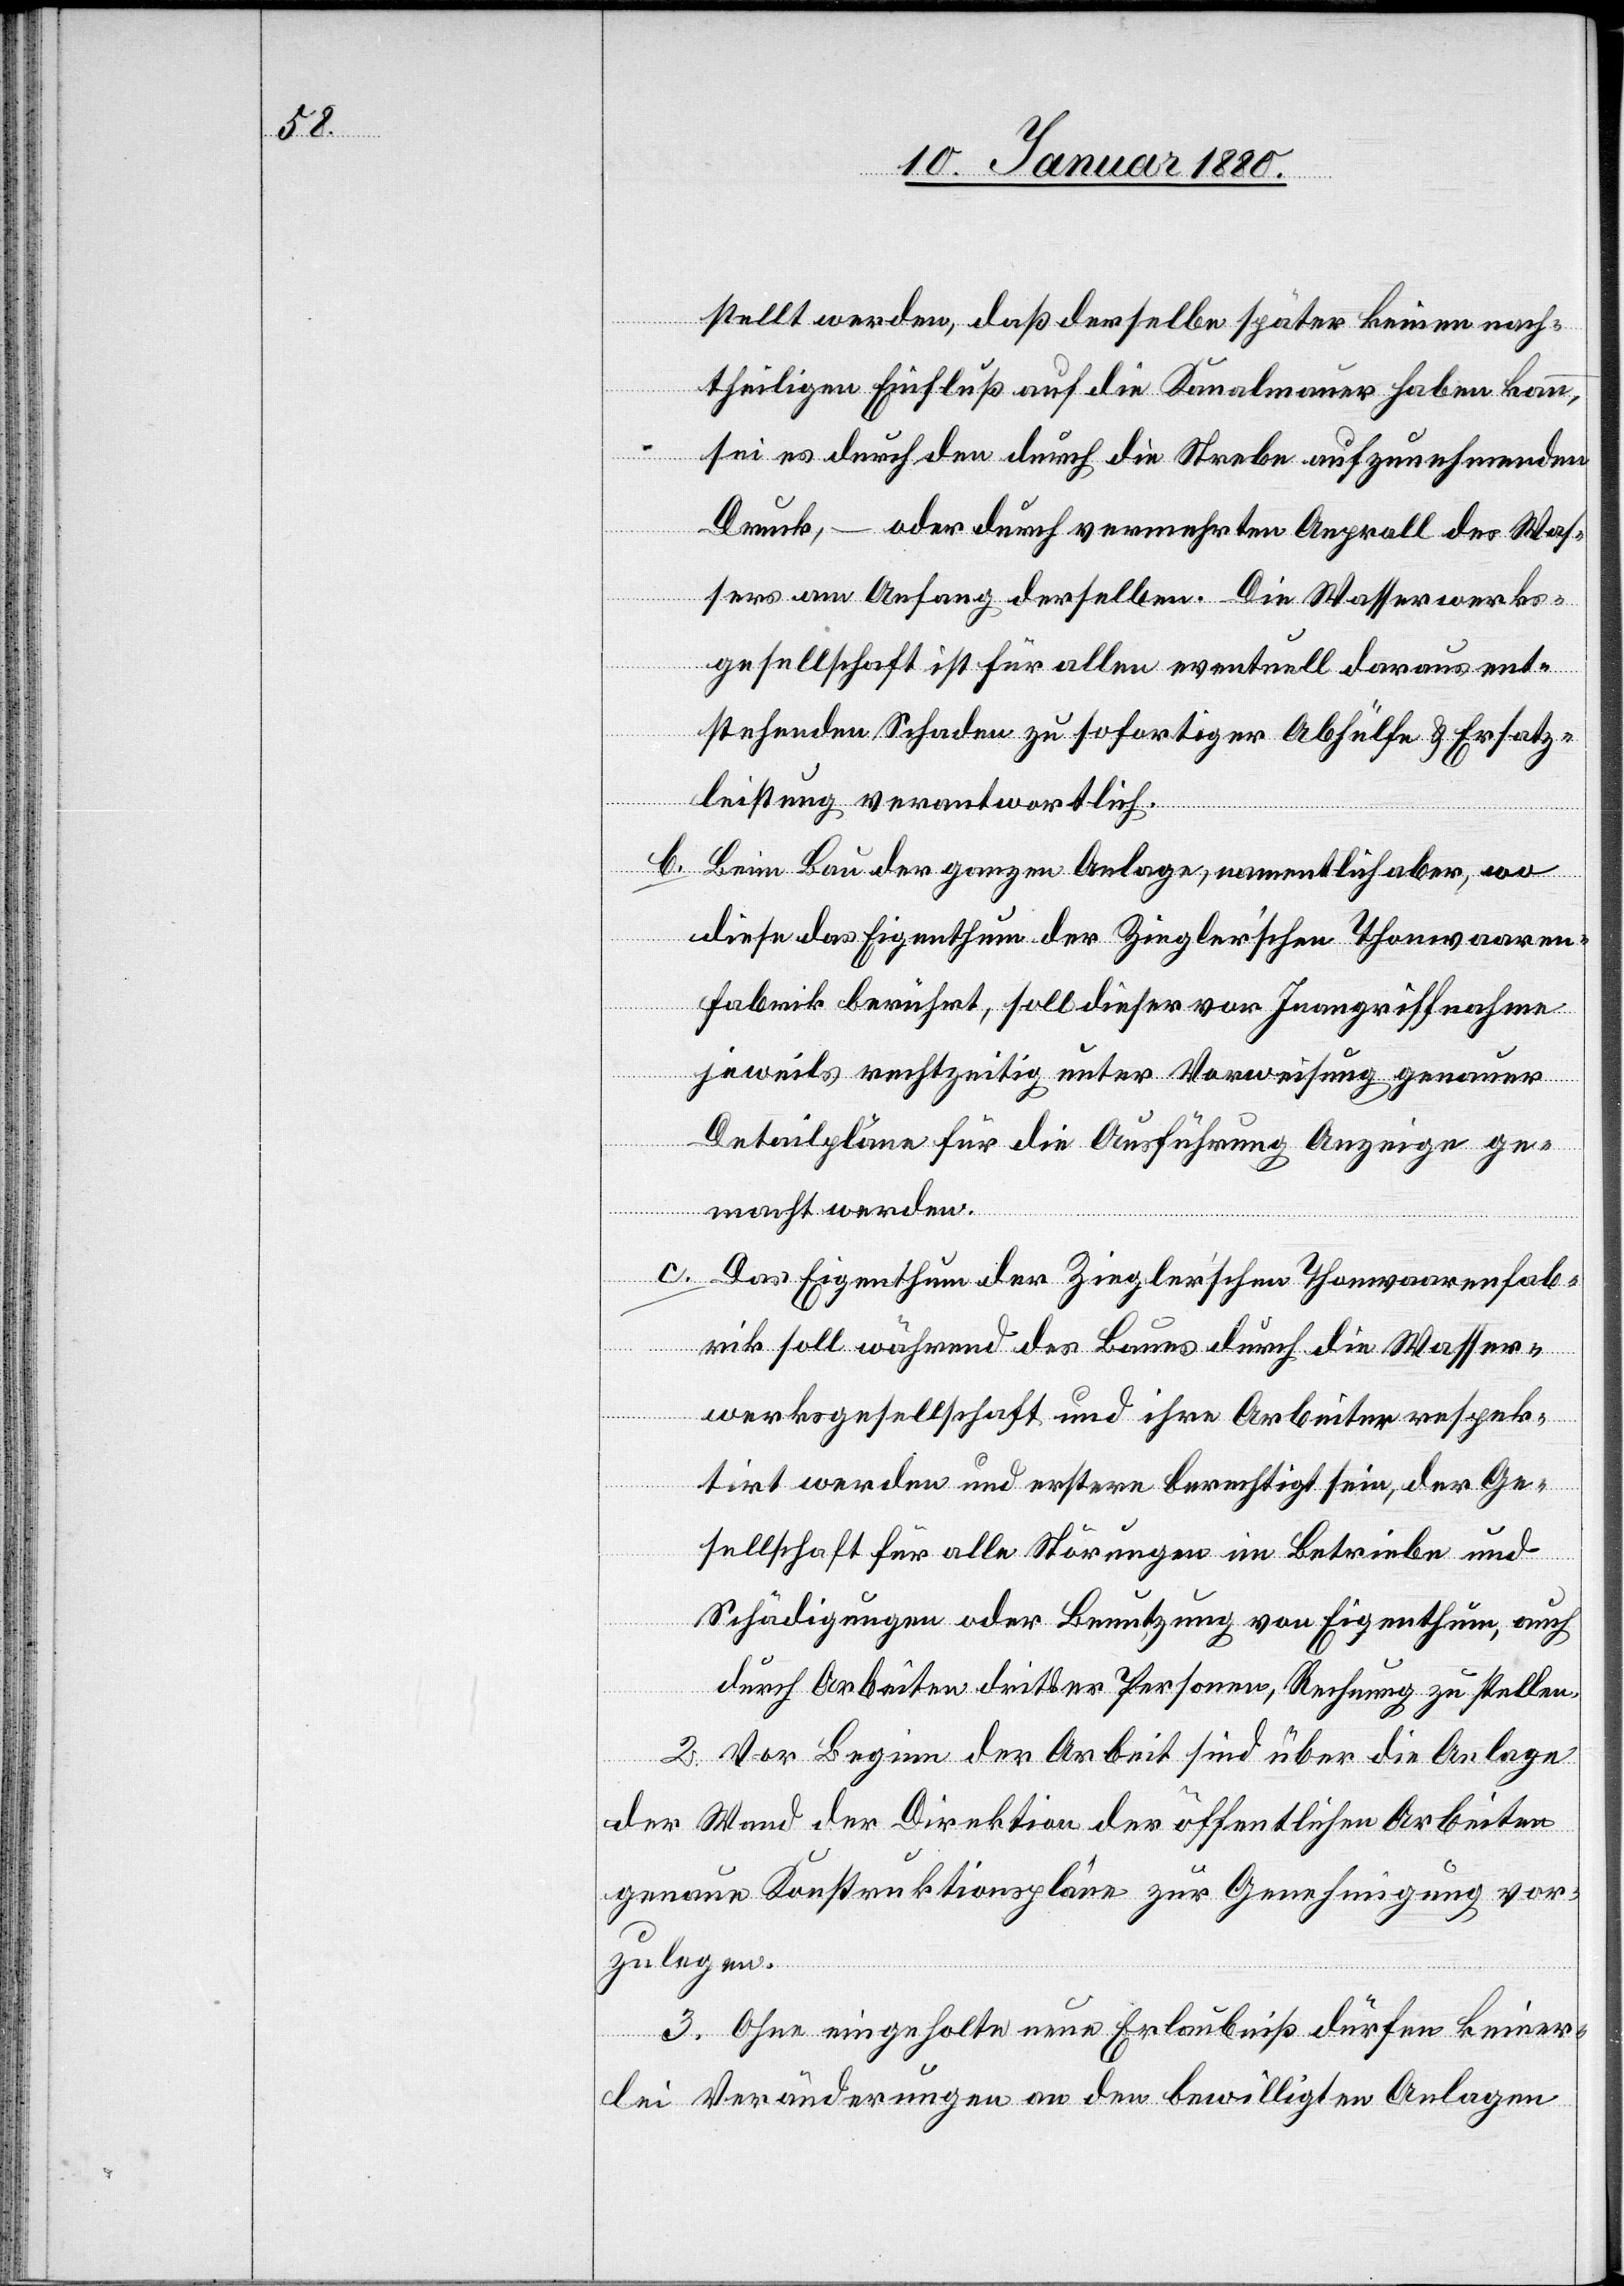
stellt werden, daß derselbe später keinen nach¬
theiligen Einfluß auf die Kanalmauer haben kann,
sei es durch den durch die Strebe aufzunehmenden
Druck, – oder durch vermehrten Anprall des Was¬
sers am Anfang derselben. Die Wasserwerks¬
gesellschaft ist für allen eventuell darauf ent¬
stehenden Schaden zu sofortiger Abhülfe & Ersatz¬
leistung verantwortlich.
b.
Beim Bau der ganzen Anlage, namentlich aber, wo
diese das Eigenthum der Ziegler’schen Thonwaaren¬
fabrik berührt, soll dieser vor Inangriffnahme
jeweils rechtzeitig unter Vorweisung genauer
Detailpläne für die Ausführung Anzeige ge¬
macht werden.
c.
Das Eigenthum der Ziegler’schen Thonwaarenfab¬
rik soll während des Baues durch die Wasser¬
werksgesellschaft und ihre Arbeiter respek¬
tirt werden und erstere berechtigt sein, der Ge¬
sellschaft für alle Störungen im Betriebe und
Schädigungen oder Benutzung von Eigenthum, auch
durch Arbeiten dritter Personen, Rechnung zu stellen.
2. Vor Beginn der Arbeit sind über die Anlage
der Wand der Direktion der öffentlichen Arbeiten
genaue Konstruktionspläne zur Genehmigung vor¬
zulegen.
3. Ohne eingeholte neue Erlaubniß dürfen keiner¬
lei Veränderungen an den bewilligten Anlagen